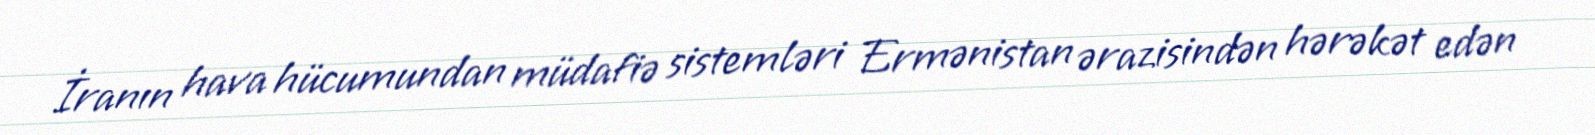
İranın hava hücumundan müdafiə sistemləri Ermənistan ərazisindən hərəkət edən